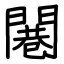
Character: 闀